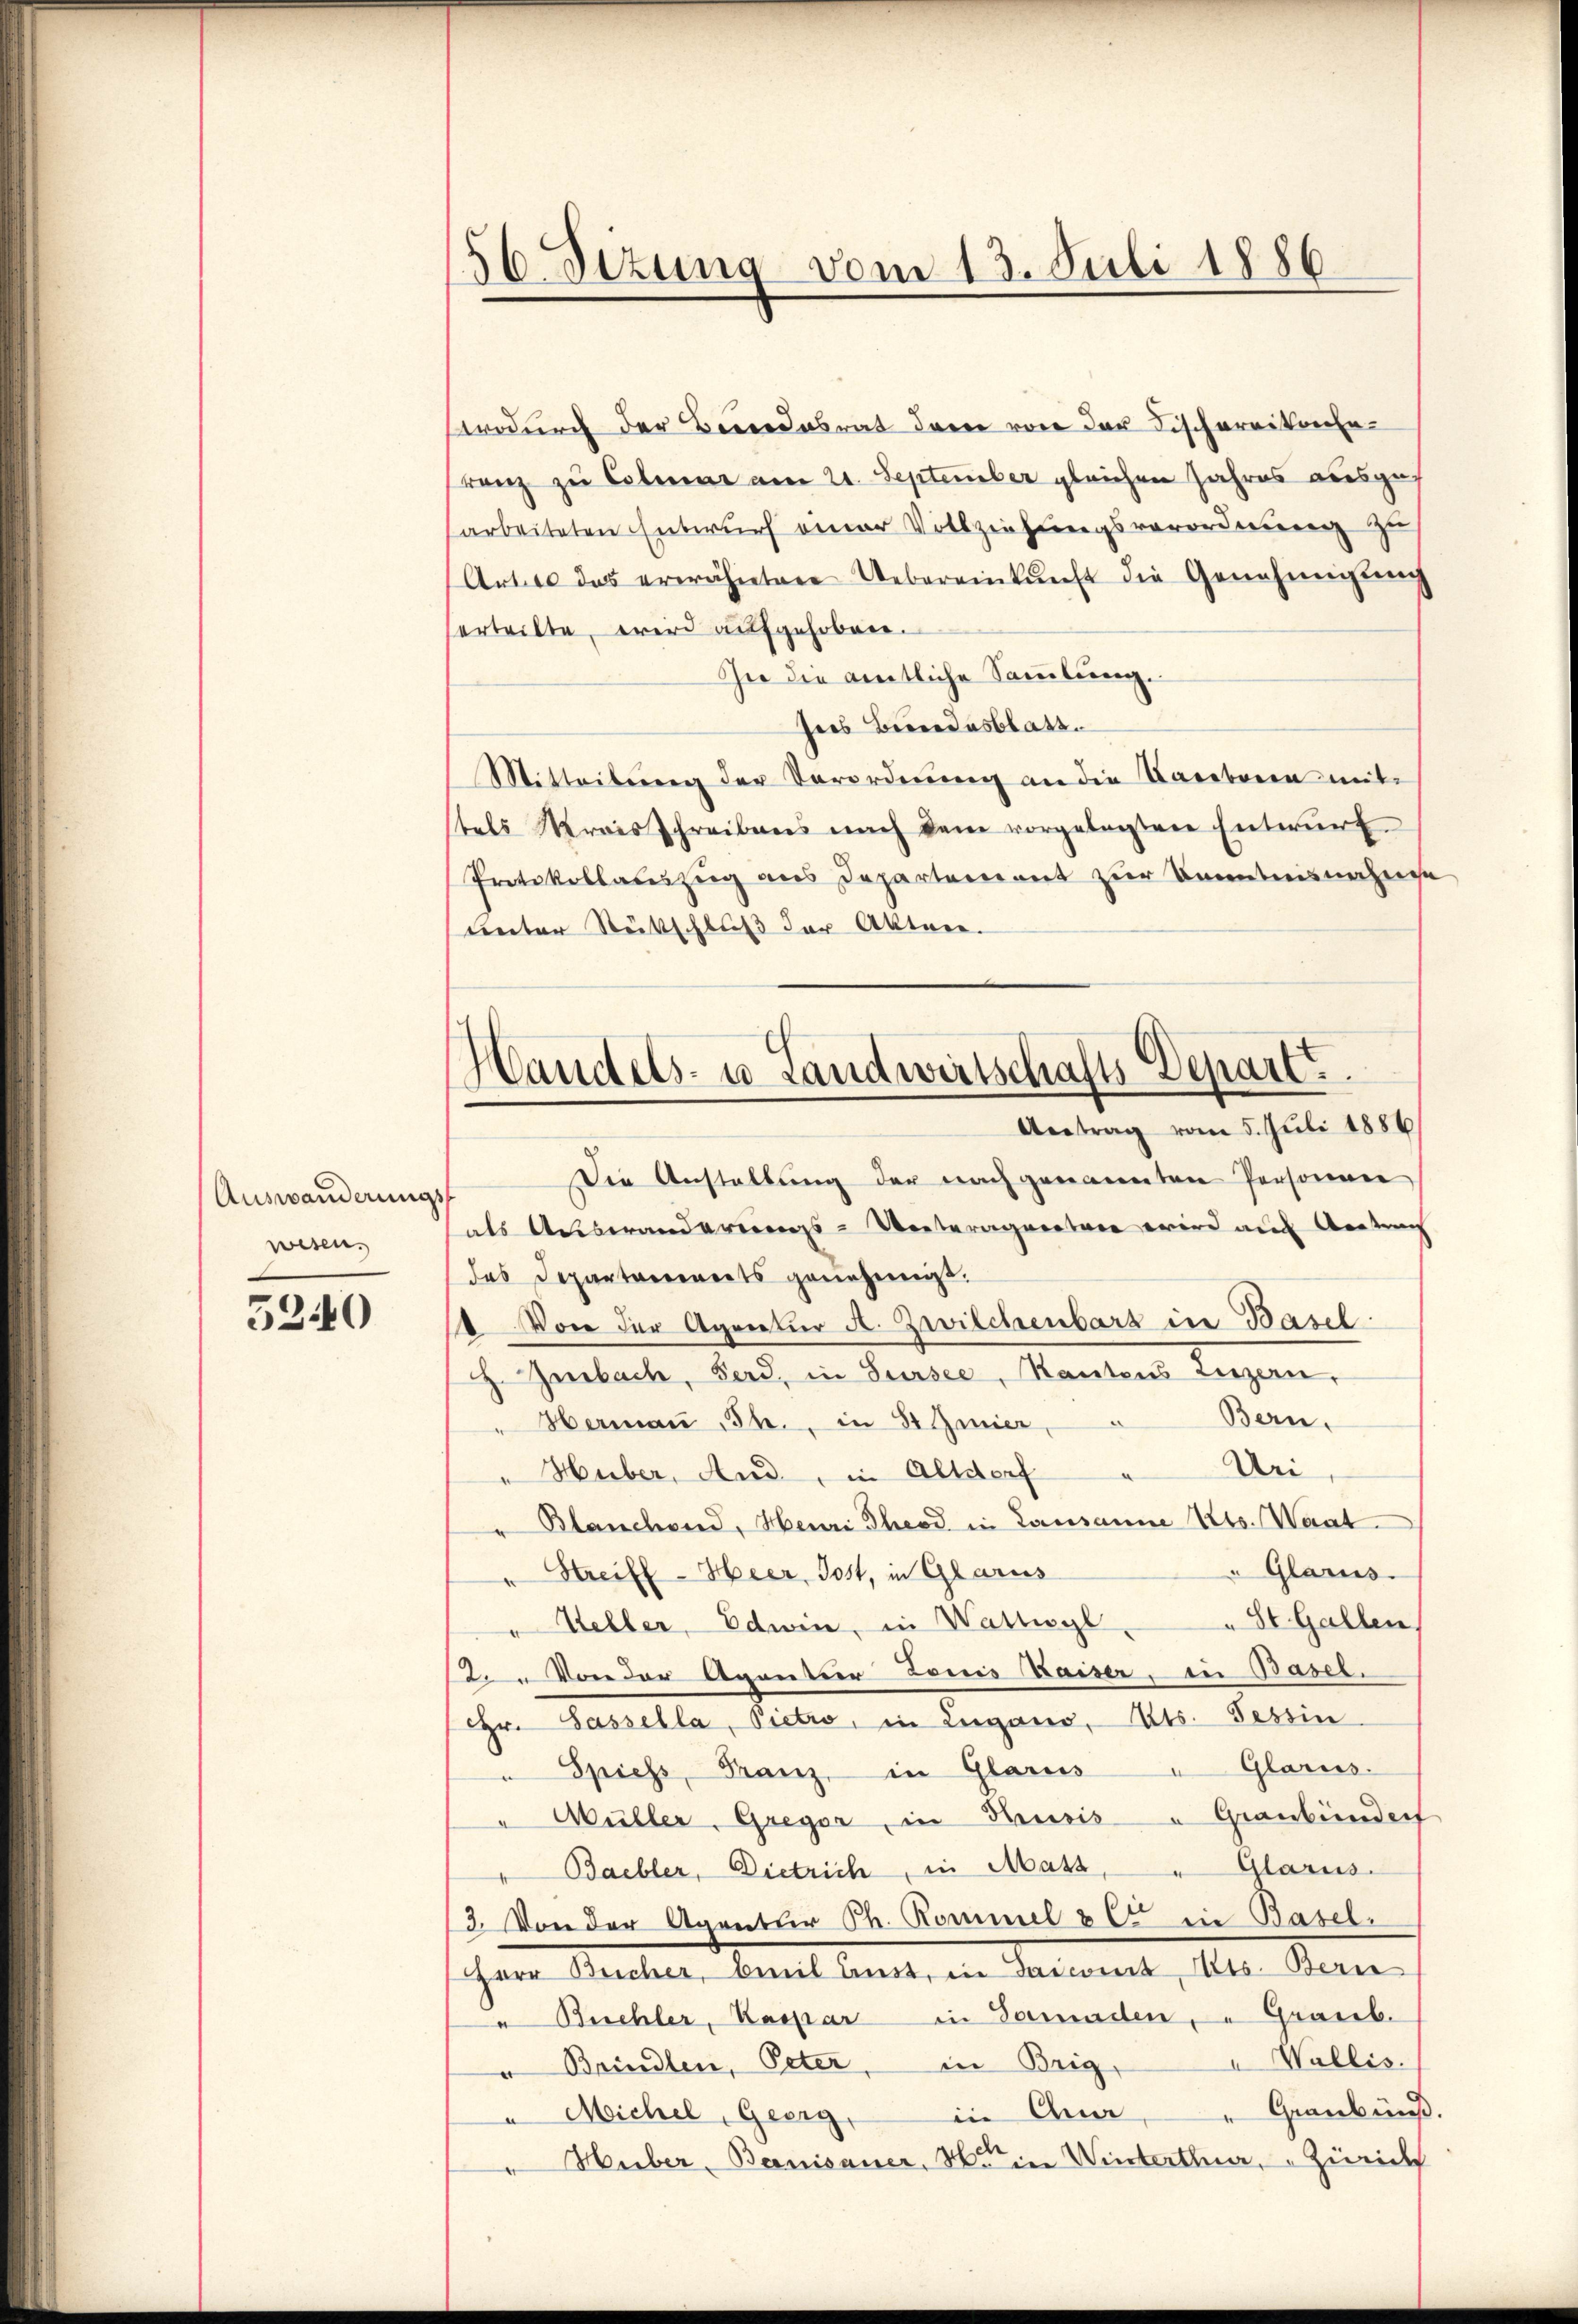
Auswanderungs
wesen.

5240

56 Sezung vom 13. Juli 1886.

Handels- u. Landwirtschafts Depart.
Antrag vom 5. Juli 1886

wodurch der Bewendesrat der von der Fischereitenharanz zu Colmar am 21. September gleichen Jahres ausgearbeiteten Entwurf einer Vollziehungsverordnung zu
Artice das erwähnten Uebereinkunft die Genehmigŭng
erteilte, wird aufgehoben.
In die amtliche Sammlung.
nes Bewendesblatt.
Mitteilung der Verordnŭng an die Tageboren mit
tels Kreisschreibens nach dem vorgelegten Entwurf
Protokollauszug aus Departement zur Kenntnisnahme
unter Stütschluß der Akten.
Die Anstaltung der nach genannten Personne
als Auswandereinngs-Vertragentrie wird auf Antrag
das Departaments genehmigt.
1 Von der Agreetur A. Zwilchenbarg in Basel
J. Iurbach, Ferd, in Sursee, Kantons Luzern,
Bern.
" Hermaṅ Th. in St. Genier,
Uri
Huber, And, in Altdorf
Blanchend, Heuri Theod in Lausanne Kts. Want.
" Glarus.
Streifl - Heer, Jost, in Glarus
 St. Gallen,
Heller, Edwin, in Wattwyl,
2. Von der Agentier Louis Faiser, in Basel.
Hr. Sassella, Pietro, in Lugano, Kts. Tessin
" Spiess, Franz, in Glarus "Glarus.
" Müller, Gregor, in Brusis u Graubünden
Baebler, Dietrich, in Mass, " Glarus.
3. Von der Agentler Ph. Rommel & Cie in Basel.
Herr Bücher, beil Anst, in Saccomit Alts. Berne
 Buchler, Kaspar in Samaden, " Graub.
u Wallis.
" Brindlen, Peter, in Brig,
" Graubüns.
in Qua
u Michel, Geerg,
Huber, Banisauer, Mein Winterthur, Zürich